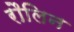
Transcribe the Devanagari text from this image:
रौलिन